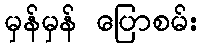
မှန်မှန် ပြောစမ်း